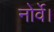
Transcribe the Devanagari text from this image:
नोर्वे।